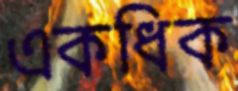
একধিক